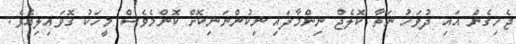
ޖެހިގެން އައި ދުވަހު ނަތާ ކޮލެޖް ނިންމާފައި ނިކުންނަނިކޮށް ކޮންމެވެސް މީހަކު ގޮވައިލިއެވެ.